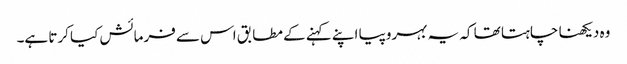
وہ دیکھنا چاہتا تھا کہ یہ بہروپیا اپنے کہنے کے مطابق اس سے فرمائش کیا کرتا ہے۔